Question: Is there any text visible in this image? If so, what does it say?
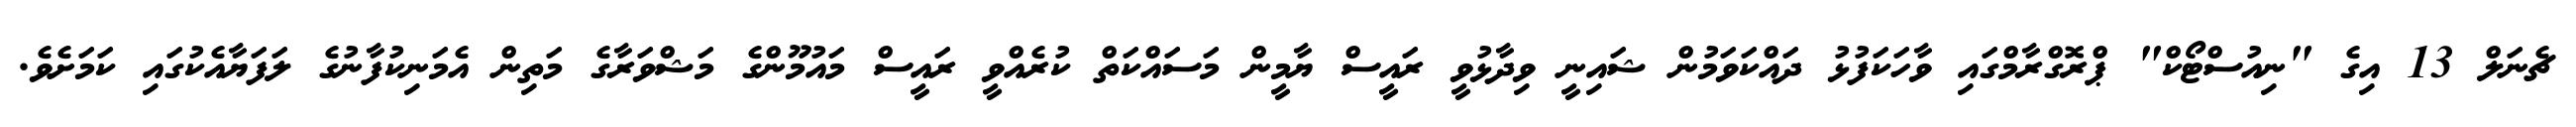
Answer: ޗެނަލް 13 އިގެ "ނިއުސްޓޯކް" ޕްރޮގްރާމްގައި ވާހަކަފުޅު ދައްކަވަމުން ޝައިނީ ވިދާޅުވީ ރައީސް ޔާމީން މަސައްކަތް ކުރެއްވީ ރައީސް މައުމޫންގެ މަޝްވަރާގެ މަތިން އެމަނިކުފާނުގެ ލަފަޔާއެކުގައި ކަމަށެވެ.